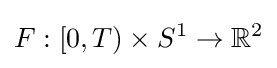
F:[0,T)\times S^{1}\to \mathbb {R} ^{2}